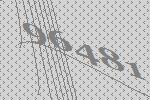
96481